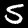
Label: 5